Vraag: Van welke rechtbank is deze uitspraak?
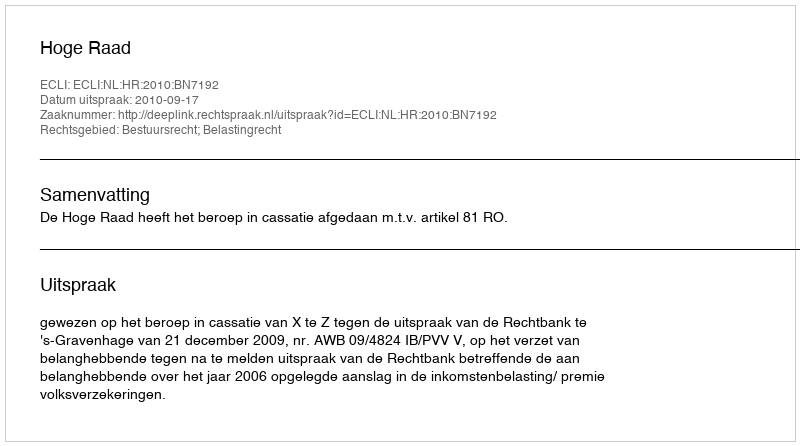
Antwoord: Hoge Raad